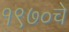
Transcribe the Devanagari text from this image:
१९७०चे